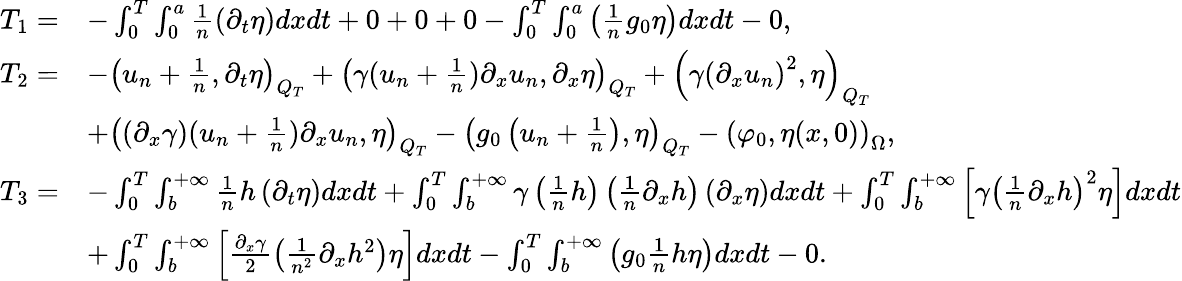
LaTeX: \begin{array}{rl}{T_{1}=}&{-\int_{0}^{T}\int_{0}^{a}\frac{1}{n}\left(\partial_{t}\eta\right)dxdt+0+0+0-\int_{0}^{T}\int_{0}^{a}\left(\frac{1}{n}g_{0}\eta\right)dxdt-0,}\\ {T_{2}=}&{-\left(u_{n}+\frac{1}{n},\partial_{t}\eta\right)_{Q_{T}}+\left(\gamma(u_{n}+\frac{1}{n})\partial_{x}u_{n},\partial_{x}\eta\right)_{Q_{T}}+\left(\gamma\left(\partial_{x}u_{n}\right)^{2},\eta\right)_{Q_{T}}}\\ &{+\left(\left(\partial_{x}\gamma\right)(u_{n}+\frac{1}{n})\partial_{x}u_{n},\eta\right)_{Q_{T}}-\left(g_{0}\left(u_{n}+\frac{1}{n}\right),\eta\right)_{Q_{T}}-\left(\varphi_{0},\eta(x,0)\right)_{\Omega},}\\ {T_{3}=}&{-\int_{0}^{T}\int_{b}^{+\infty}\frac{1}{n}h\left(\partial_{t}\eta\right)dxdt+\int_{0}^{T}\int_{b}^{+\infty}\gamma\left(\frac{1}{n}h\right)\left(\frac{1}{n}\partial_{x}h\right)\left(\partial_{x}\eta\right)dxdt+\int_{0}^{T}\int_{b}^{+\infty}\left[\gamma\left(\frac{1}{n}\partial_{x}h\right)^{2}\eta\right]dxdt}\\ &{+\int_{0}^{T}\int_{b}^{+\infty}\left[\frac{\partial_{x}\gamma}{2}\left(\frac{1}{n^{2}}\partial_{x}h^{2}\right)\eta\right]dxdt-\int_{0}^{T}\int_{b}^{+\infty}\left(g_{0}\frac{1}{n}h\eta\right)dxdt-0.}\end{array}